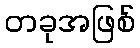
တခုအဖြစ်